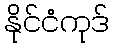
နိုင်ငံကုဒ်